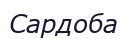
Сардоба